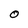
Character: O